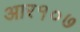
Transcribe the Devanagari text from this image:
आर१०७